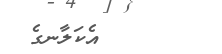
އެކަލާނގެ